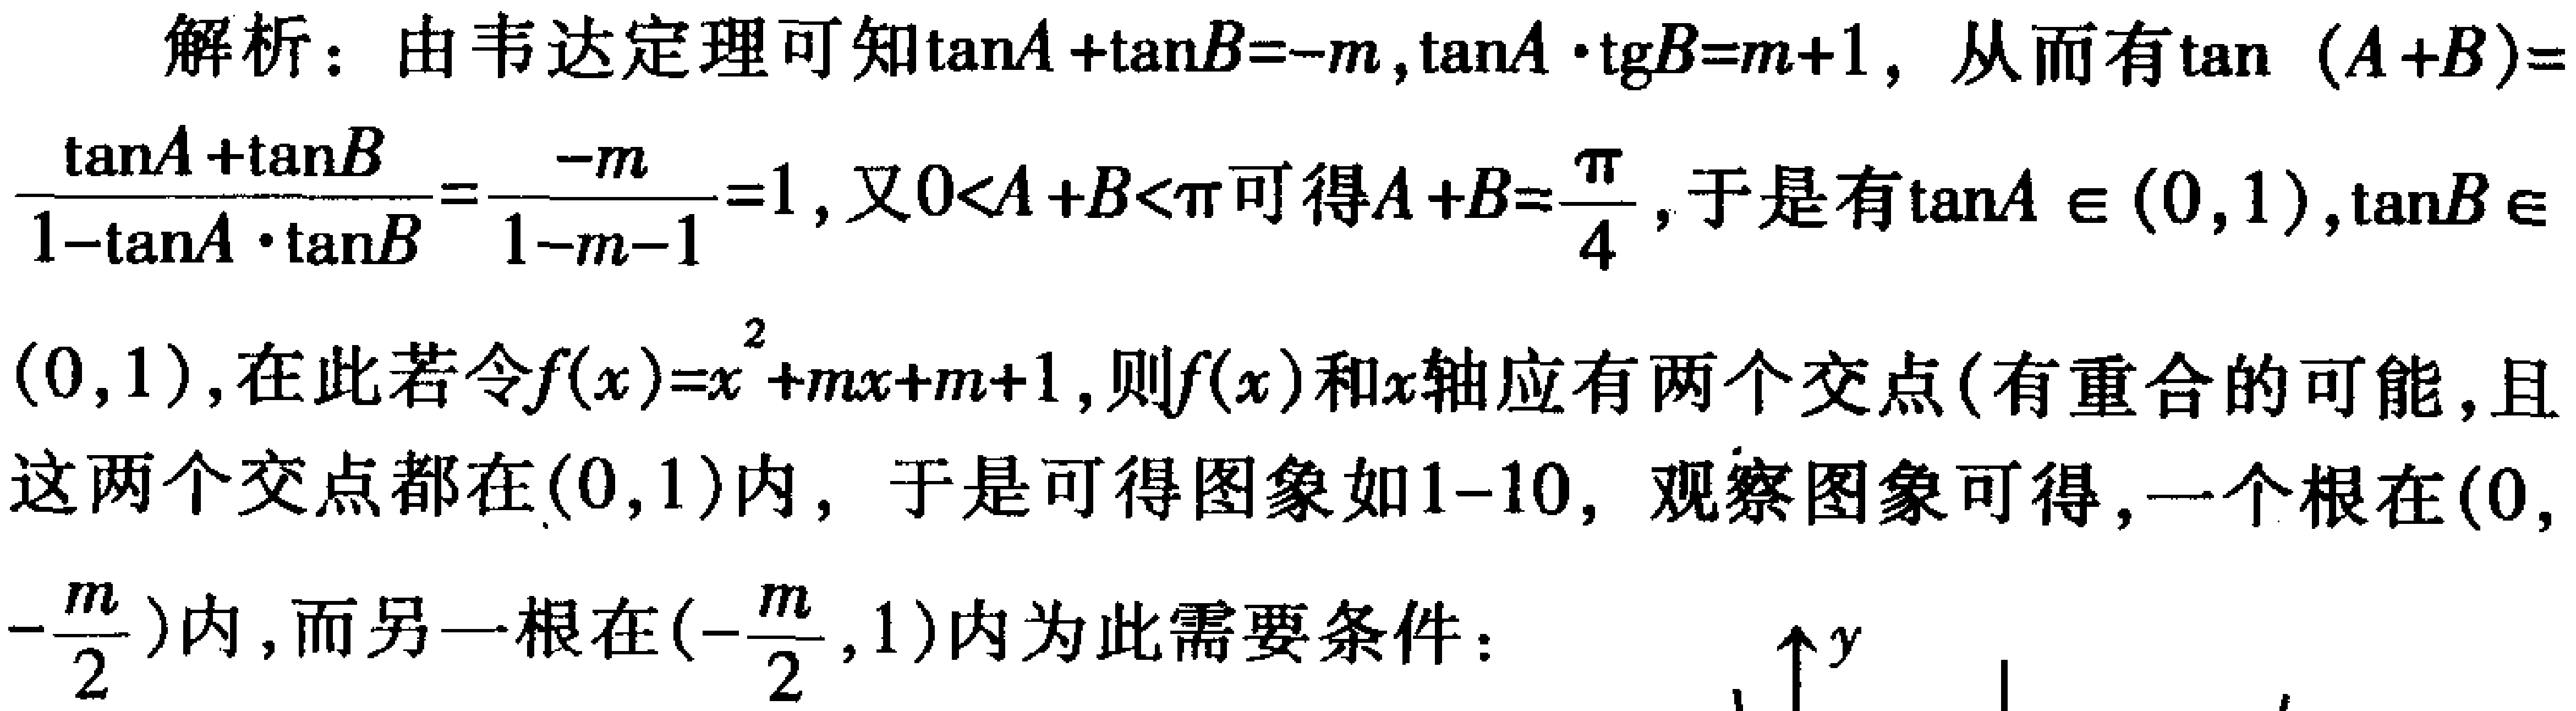
解析：由韦达定理可知\(\tan A+\tan B = -m\)，\(\tan A\cdot\tan B=m + 1\)，从而有\(\tan(A + B)=\frac{\tan A+\tan B}{1-\tan A\cdot\tan B}=\frac{-m}{1 - m - 1}=1\)，又\(0 < A + B<\pi\)可得\(A + B=\frac{\pi}{4}\)，于是有\(\tan A\in(0,1)\)，\(\tan B\in(0,1)\)，在此若令\(f(x)=x^{2}+mx + m + 1\)，则\(f(x)\)和\(x\)轴应有两个交点(有重合的可能，且这两个交点都在\((0,1)\)内，于是可得图象如\(1 - 10\)，观察图象可得，一个根在\((0,-\frac{m}{2})\)内，而另一根在\((-\frac{m}{2},1)\)内为此需要条件：

\(y\uparrow\)